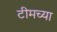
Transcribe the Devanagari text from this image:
टीमच्या